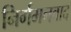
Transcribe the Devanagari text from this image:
निर्गमनवाद